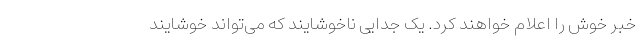
خبر خوش را اعلام خواهند کرد. یک جدایی ناخوشایند که می‌تواند خوشایند